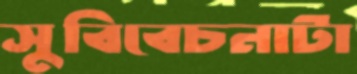
সুবিবেচনাটা